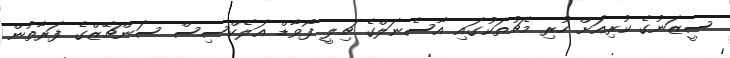
ސީޒަނުގެ ކުރިއަށް ހުރި މެޗުތަކުގައި އާސެނަލްގެ ޗިލީ ފޯވާޑް އަލެކްސިސް ސަންޗޭޒްގެ ފަރާތުން